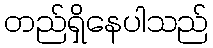
တည်ရှိနေပါသည်